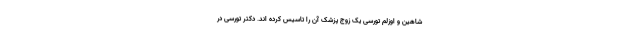
شاهین و اوزلم تورسی یک زوج پزشک آن را تاسیس کرده اند. دکتر تورسی در